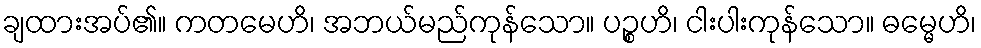
ချထားအပ်၏။ ကတမေဟိ၊ အဘယ်မည်ကုန်သော။ ပဉ္စဟိ၊ ငါးပါးကုန်သော။ ဓမ္မေဟိ၊